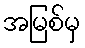
အမြစ်မှ